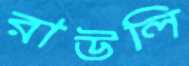
রাউলি